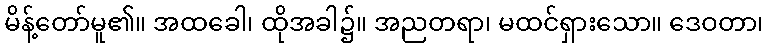
မိန့်တော်မူ၏။ အထခေါ၊ ထိုအခါ၌။ အညတရာ၊ မထင်ရှားသော။ ဒေဝတာ၊